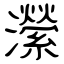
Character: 瀠